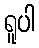
ရူပါ